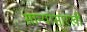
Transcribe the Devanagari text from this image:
सान्यासारखी